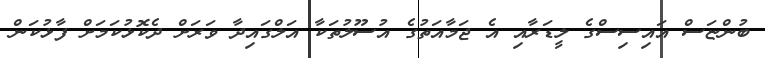
ބުންޏަސް އައިސިސްގެ ލީޑަރާއި އެ ޖަމާއަތުގެ އުސޫލުތަކާ އަލްގައިދާ ވަރަށް ދެކޮޅުކަމަށް ފާޅުކަން